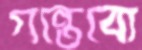
গন্তেব্যে